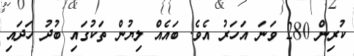
ކުރިން 280 ވަނަ އަހަރު އެވެ. ބައެއް ލިޔުން ތަކުގައި ބުދު ހަދައި